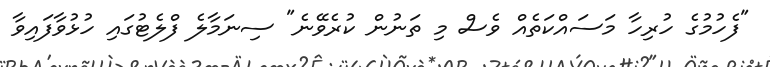
"ފެހުމުގެ ހުރިހާ މަސައްކަތެއް ވެސް މި ތަނުން ކުރެވޭނެ" ސިނަމާލެ ފްލެޓުގައި ހުޅުވާފައިވާ